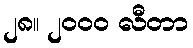
၂၈။ ၂၀၀၀ လီတာ